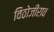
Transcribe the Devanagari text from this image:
विठोजीराव